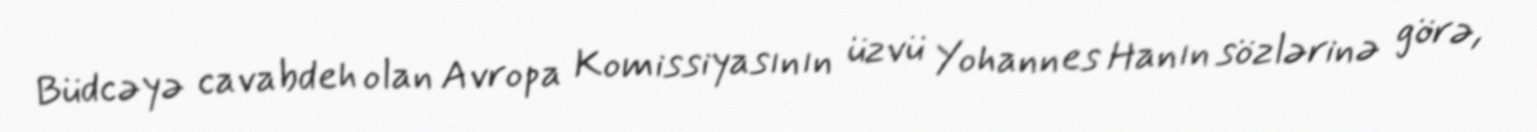
Büdcəyə cavabdeh olan Avropa Komissiyasının üzvü Yohannes Hanın sözlərinə görə,